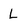
Character: L